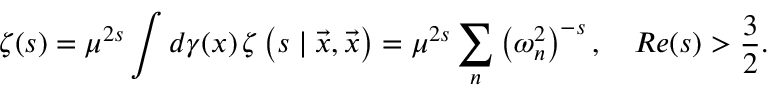
\zeta ( s ) = \mu ^ { 2 s } \int d \gamma ( x ) \, \zeta \left( s \mid \vec { x } , \vec { x } \right) = \mu ^ { 2 s } \sum _ { n } \left( \omega _ { n } ^ { 2 } \right) ^ { - s } , \quad R e ( s ) > \frac { 3 } { 2 } .